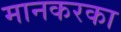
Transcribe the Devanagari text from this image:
मानकरका